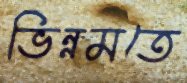
ভিন্নমতে